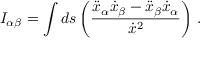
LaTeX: I _ { \alpha \beta } = \int d s \left( \frac { \ddot { x } _ { \alpha } \dot { x } _ { \beta } - \ddot { x } _ { \beta } \dot { x } _ { \alpha } } { \dot { x } ^ { 2 } } \right) \, .